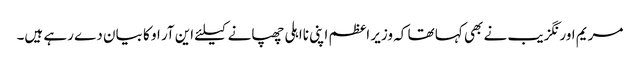
مریم اورنگزیب نے بھی کہا تھا کہ وزیر اعظم اپنی نااہلی چھپانے کیلئے این آر او کا بیان دے رہے ہیں۔